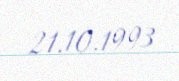
21.10.1993